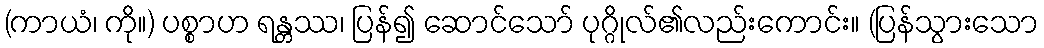
(ကာယံ၊ ကို။) ပစ္စာဟ ရန္တဿ၊ ပြန်၍ ဆောင်သော် ပုဂ္ဂိုလ်၏လည်းကောင်း။ (ပြန်သွားသော